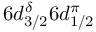
6 d _ { 3 / 2 } ^ { \delta } 6 d _ { 1 / 2 } ^ { \pi }